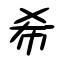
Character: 希